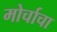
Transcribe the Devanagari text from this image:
मोर्चाचा